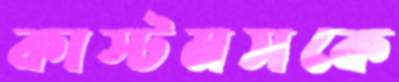
কাস্টমসকে